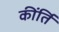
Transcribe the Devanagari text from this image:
कींर्ति